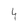
Character: 4